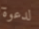
لدعوة